Report on sanitation, dispensaries, and jails in Rajputana for 1919, and on vaccination for the year 1919-1920 - 1919-1920
Year: 1919
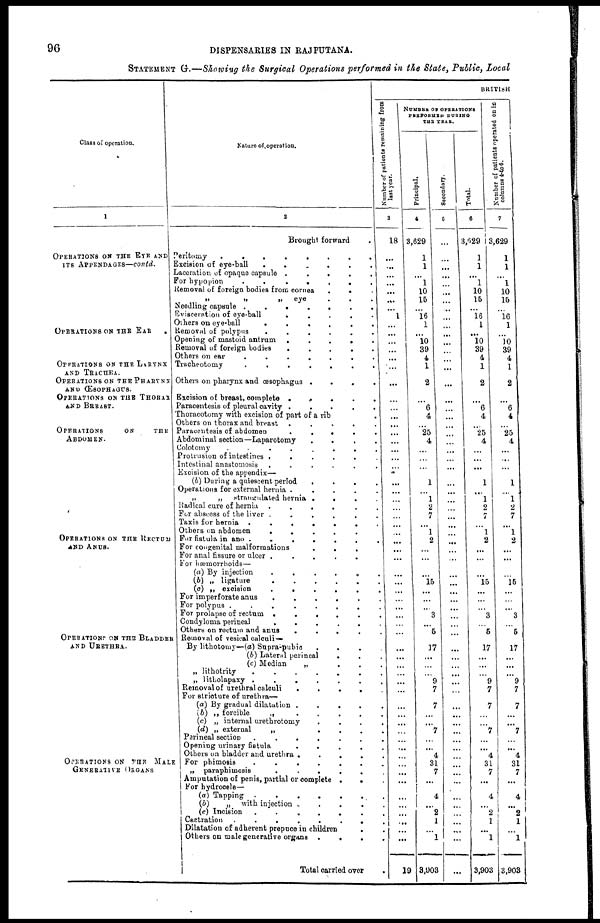
96
DISPENSARIES IN RAJPUTANA.
STATEMENT G.—Showing the Surgical Operations performed in the State, Public, Local
Class of operation.
1
OPERATIONS ON THE EYE AND
ITS APPENDAGES—contd.
OPERATIONS ON THE EAR
.
OPERATIONS ON THE LARYNX
AND TRACHEA.
OPERATIONS ON THE PHARYNX
AND ŒSOPHAGUS.
OPERATIONS ON THE THORAX
AND BREAST.
OPERATIONS
ON
THE
ABDOMEN.
OPERATIONS ON THE RECTUM
AND ANUS.
OPERATIONS ON THE BLADDER
AND URETHRA.
OPERATIONS ON THE MALE
GENERATIVE ORGANS
Nature of operation.
2
Brought forward .
Peritomy
.
.
.
.
.
.
.
.
Excision of eye-ball
.
.
.
.
.
.
Laceration of opaque capsule .
.
.
.
.
For hypopion
.
.
.
.
. . .
Removal of foreign bodies from cornea
.
. .
„
„
„
eye . . .
Needling capsule .
.
.
.
.
.
.
Evisceration of eye-ball
.
.
.
.
.
Others on eye-ball
.
.
.
.
.
.
Removal of polypus
.
.
.
.
.
.
Opening of mastoid antrum
.
.
.
.
.
Removal of foreign bodies
.
.
.
.
.
Others on ear
.
.
.
.
.
.
.
Tracheotomy
.
.
.
.
.
.
.
Others on pharynx and œsophagus .
.
.
.
Excision of breast, complete .
.
.
.
.
Paracentesis of pleural cavity .
.
.
.
.
Thoracotomy with excision of part of a rib .
Others on thorax and breast .
.
.
. .
Paracentesis of abdomen
.
.
.
.
.
Abdominal section—Laparotomy
.
.
.
.
Colotomy
.
.
.
.
.
.
.
.
Protrusion of intestines .
.
.
.
.
.
Intestinal anastomosis
.
.
.
.
.
.
Excision of the appendix—
(b) During a quiescent period
.
.
.
.
Operations for external hernia .
.
.
.
.
„
„
strangulated hernia .
.
.
.
Radical cure of hernia .
.
.
.
. .
For abscess of the liver .
.
.
.
.
.
Taxis for hernia .
.
.
.
.
.
.
Others on abdomen
.
.
.
.
.
For fistula in ano .
.
.
.
.
.
.
For congenital malformations
.
.
.
For anal fissure or ulcer .
.
.
.
.
For hæmorrhoids—
(a) By injection
.
.
.
.
.
.
(b) „ ligature
.
.
.
.
.
.
(c) „ excision
.
.
.
.
.
.
For imperforate anus
.
.
.
.
.
.
For polypus .
.
.
.
.
.
.
.
For prolapse of rectum .
.
.
.
.
.
Condyloma perineal
.
.
.
.
.
.
Others on rectum and anus
.
.
.
.
.
Removal of vesical calculi —
By lithotomy—(a) Supra-pubic
.
.
.
.
(b) Lateral perineal
. . .
(c) Modian
„
.
.
.
„ lithotrity
.
.
.
.
.
.
.
„ litholapaxy .
.
.
.
.
.
.
Removal of urethral calculi
.
.
.
.
.
For stricture of urethra—
(a) By gradual dilatation .
.
.
.
.
(b) „ forcible
„
.
.
.
.
.
(c) „ internal urethrotomy
.
.
.
.
(d) „ external
„
.
.
.
.
Perineal section
.
.
.
.
.
.
.
Opening urinary
fistula
.
.
.
.
.
Others on bladder and urethra .
.
.
.
.
For phimosia
.
.
.
.
.
.
.
„ paraphimosis
.
.
.
.
.
.
Amputation of penis, partial or complete .
. .
For hydrocele—
(a) Tapping . . . . . . .
(b)
„ with injection . . . . .
(c) Incision
.
.
.
.
.
.
.
Castration
.
.
.
.
.
.
.
.
Dilatation of adherent prepuce in children
. .
Others on male generative organs .
.
.
.
Total carried over .
BRITISH
Number of patients remaining from
last year.
3
18
...
...
...
...
...
...
...
1
...
...
...
...
...
...
...
...
...
...
...
...
...
...
...
...
...
...
...
...
...
...
...
...
...
...
...
...
...
...
...
...
...
...
...
...
...
...
...
...
...
...
...
...
...
...
...
...
...
...
...
...
...
...
...
...
10
NUMBER OF OPERATIONS
PERFORMED DURING
THE YEAR.
Principal.
4
3,629
1
1
...
1
10
15
...
16
1
...
10
39
4
1
2
...
6
4
...
25
4
...
...
...
1
...
1
2
7
...
1
2
...
...
...
15
...
...
...
3
...
5
17
...
...
...
9
7
7
...
...
7
...
...
4
31
7
...
4
...
2
1
...
1
3,903
Secondary.
5
...
...
...
...
...
...
...
...
...
...
...
...
...
...
V
...
...
...
...
...
...
...
...
...
...
...
...
...
...
...
...
...
...
...
...
...
...
...
...
...
...
...
...
...
...
...
...
...
...
...
...
...
...
...
...
...
...
...
...
...
...
...
...
...
...
...
Total.
6
3,629
1
1
...
1
10
15
...
16
1
...
10
39
4
1
2
...
6
4
...
25
4
...
...
...
1
...
1
2
7
...
1
2
...
...
...
15
...
...
...
3
...
5
17
...
...
...
9
7
7
...
...
7
...
...
4
31
7
...
4
...
2
1
...
1
3,903
Number of patients operated on in
columns 4 to 6.
7
3,629
1
1
...
1
10
15
...
16
1
...
10
39
4
1
2
...
6
4
...
25
4
...
...
...
1
...
1
2
7
...
1
2
...
...
...
15
...
...
...
3
...
5
17
...
...
...
9
7
7
...
...
7
...
...
4
31
7
...
4
...
2
1
...
1
3,903